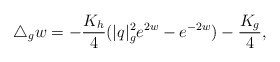
\begin{align*}\triangle_g w=-\frac{K_h}{4}(|q|_g^2e^{2w}-e^{-2w})-\frac{K_{g}}{4},\end{align*}